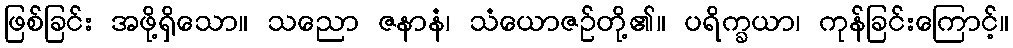
ဖြစ်ခြင်း အဖို့ရှိသော။ သညော ဇနာနံ၊ သံယောဇဉ်တို့၏။ ပရိက္ခယာ၊ ကုန်ခြင်းကြောင့်။